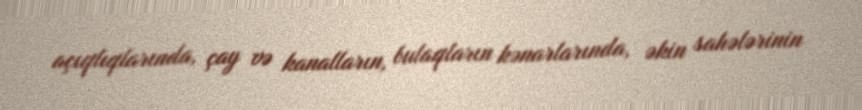
açıqlıqlarında, çay və kanalların, bulaqların kənarlarında, əkin sahələrinin